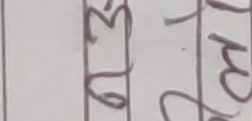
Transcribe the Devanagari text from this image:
३ १ ७ ०